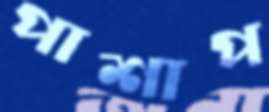
পাশাপ